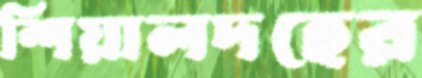
শিয়ালদহের